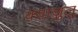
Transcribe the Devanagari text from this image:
क्वाज़ुलू